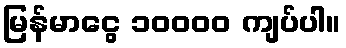
မြန်မာငွေ ၁၀၀၀၀ ကျပ်ပါ။